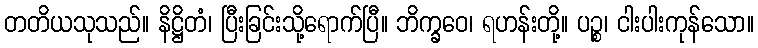
တတိယသုသည်။ နိဋ္ဌိတံ၊ ပြီးခြင်းသို့ရောက်ပြီ။ ဘိက္ခဝေ၊ ရဟန်းတို့။ ပဉ္စ၊ ငါးပါးကုန်သော။